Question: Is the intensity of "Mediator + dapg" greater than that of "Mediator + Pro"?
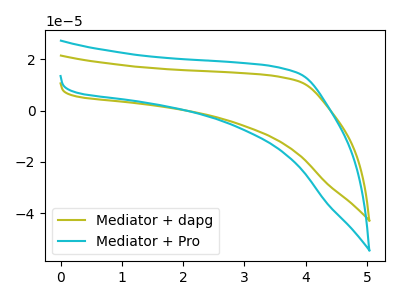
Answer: <think>The olive curve "Mediator + dapg" has no peaks. The cyan curve "Mediator + Pro" has no peaks.
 Neither "Mediator + dapg" or "Mediator + Pro" have any peaks.</think>
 <answer>I cant tell if "Mediator + dapg" or "Mediator + Pro" has more signal.</answer>
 <eval>mixed_signal</eval>